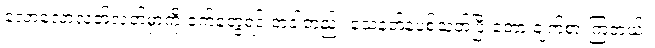
လောလောလတ်လတ်မှာကို ဝက်တွေ့ရင် တခါတည်း သေနတ်နဲ့ပစ်သတ်ပြီးတော့ ချက်စားကြတယ်။